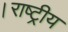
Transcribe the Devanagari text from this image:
।राष्ट्रीय